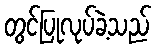
တွင်ပြုလုပ်ခဲ့သည်